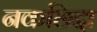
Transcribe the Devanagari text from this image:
नकछिद्दा